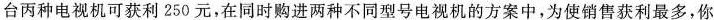
台丙种电视机可获利250元，在同时购进两种不同型号电视机的方案中，为使销售获利最多，你